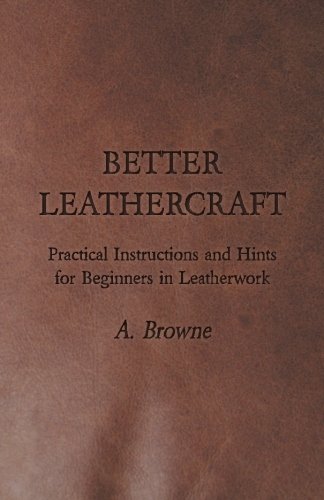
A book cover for Better Leathercraft - Practical Instructions and Hints for Beginners in Leatherwork; A. Browne; Crafts, Hobbies & Home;